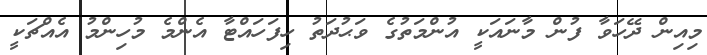
މިއިން ދޭހަވާ ފުން މާނައަކީ އުންމަތުގެ ވަޙުދަތު ހިފަހައްޓާ އެންމެ މުހިންމު އެއްޗަކީ